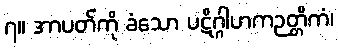
၇။ အာပတ်ကို ခံသော ပဋိဂ္ဂါဟကဉတ္တိကံ၊